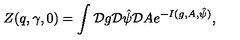
Z ( q , \gamma , 0 ) = \int { \cal D } g { \cal D } { \hat { \psi } } { \cal D } A e ^ { - I ( g , A , { \hat { \psi } } ) } ,